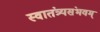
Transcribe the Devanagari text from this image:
स्वातंत्र्यसंभवम्